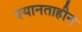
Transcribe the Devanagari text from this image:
श्यानताहीन